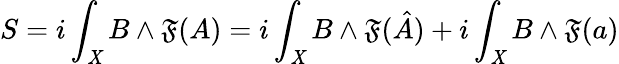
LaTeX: S=i\int_{\mathit{X}}B\wedge{}\mathfrak{F}(A)=i\int_{\mathit{X}}B\wedge{}\mathfrak{F}(\hat{{A}})+i\int_{\mathit{X}}B\wedge{}\mathfrak{F}(a)